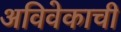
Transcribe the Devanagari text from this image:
अविवेकाची